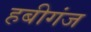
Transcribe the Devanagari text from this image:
हबीगंज